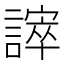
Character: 𧫒